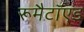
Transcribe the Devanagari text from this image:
रूमैटॉएड